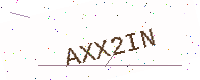
Text: AXX2IN